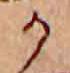
か